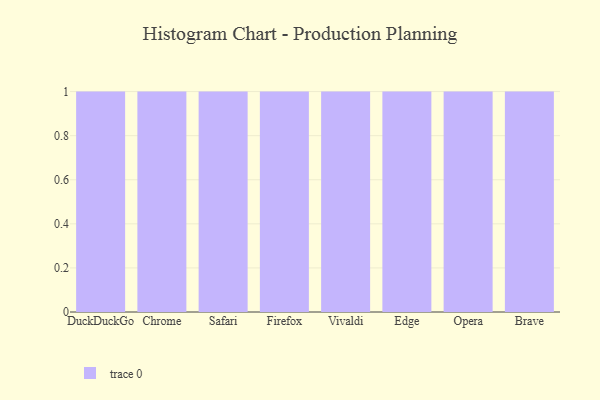
{"axis": {"x": "Browser", "y": "Bounce Rate (%)"}, "legend": [""], "data": [{"x": "DuckDuckGo", "y": 99, "type": ""}, {"x": "Chrome", "y": 16, "type": ""}, {"x": "Safari", "y": 35, "type": ""}, {"x": "Firefox", "y": 74, "type": ""}, {"x": "Vivaldi", "y": 76, "type": ""}, {"x": "Edge", "y": 19, "type": ""}, {"x": "Opera", "y": 43, "type": ""}, {"x": "Brave", "y": 36, "type": ""}]}